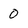
Character: 0